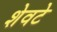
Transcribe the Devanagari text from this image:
शेवटे